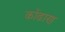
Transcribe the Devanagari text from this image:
कोंढाण